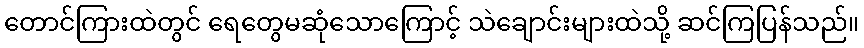
တောင်ကြားထဲတွင် ရေတွေမဆုံသောကြောင့် သဲချောင်းများထဲသို့ ဆင်ကြပြန်သည်။